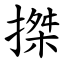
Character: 搩